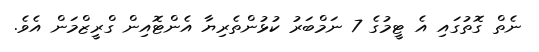
ނެތް ގޮތުގައި އެ ޓީމުގެ 7 ނަމްބަރު ކުޅުންތެރިޔާ އެންޓޮއިން ގްރީޒްމަން އެވެ.